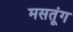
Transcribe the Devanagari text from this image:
मसतूंग